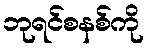
ဘုရင်စနစ်ကို